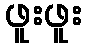
ဖူးဖူး